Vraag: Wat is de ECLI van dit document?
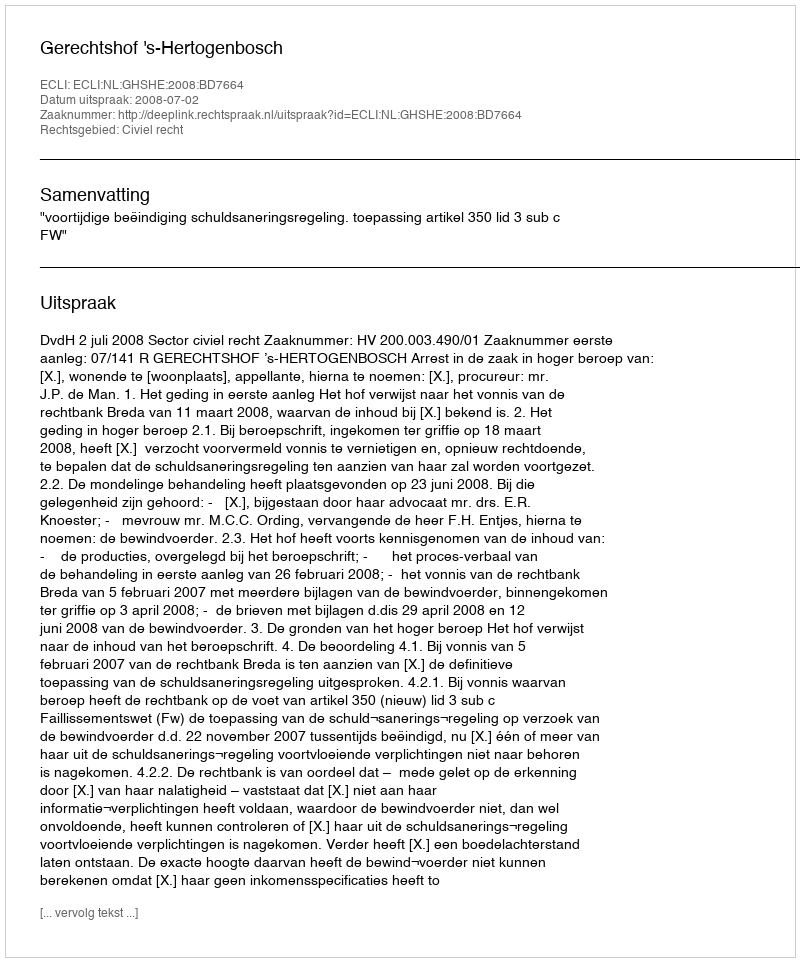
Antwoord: ECLI:NL:GHSHE:2008:BD7664